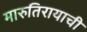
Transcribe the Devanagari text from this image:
मारुतिरायाची